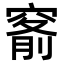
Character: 𥦹